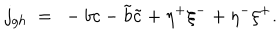
LaTeX: j _ { g h } \ = \ - b c - \tilde { b } \tilde { c } + \eta ^ { + } \xi ^ { - } + \eta ^ { - } \xi ^ { + } .